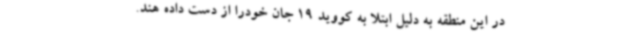
در این منطقه به دلیل ابتلا به کووید 19 جان خودرا از دست داده هند.